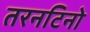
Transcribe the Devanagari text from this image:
तरनटिनो